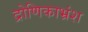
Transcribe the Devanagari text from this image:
द्रोणिकाभ्रंश